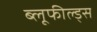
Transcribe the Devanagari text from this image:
ब्लूफील्ड्स